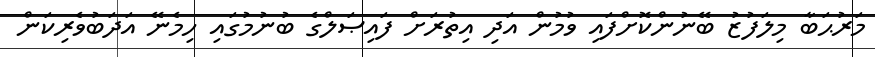
މަރުޙަބާ މިލަފުޒު ބޭނުންކޮށްފައި ވުމުން އަދި އިތުރަށް ފައިޞަލްގެ ބުނުމުގައި ހިމެނޭ އަދަބުވެރިކަން